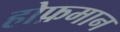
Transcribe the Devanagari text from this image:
होफ़मान